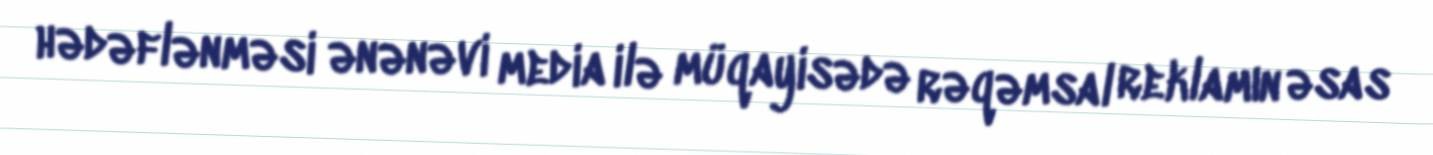
hədəflənməsi ənənəvi media ilə müqayisədə rəqəmsal reklamın əsas